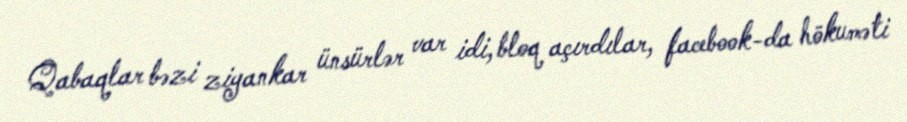
Qabaqlar bəzi ziyankar ünsürlər var idi, bloq açırdılar, facebook-da hökuməti